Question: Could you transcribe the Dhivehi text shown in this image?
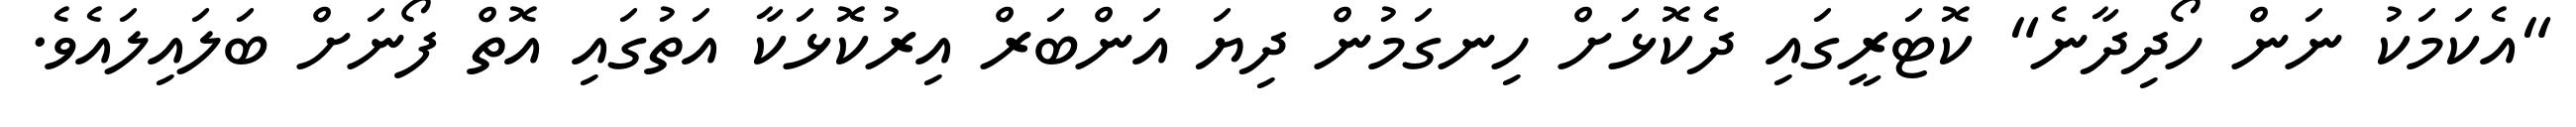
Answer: "އެކަމަކު ނަން ހޯދިދާނެ" ކޮޓަރީގައި ދެކޮޅަށް ހިނގަމުން ދިޔަ އަންބަރް އިރުކޮޅަކާ އަތުގައި އޮތް ފޯނަށް ބަލައިލައެވެ.